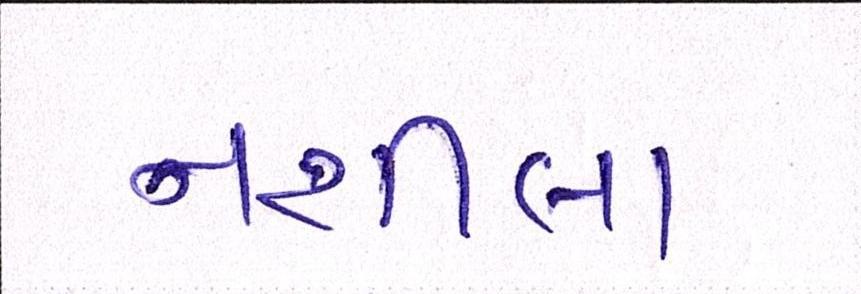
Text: નશીલા